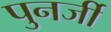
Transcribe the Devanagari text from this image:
पुनर्जी